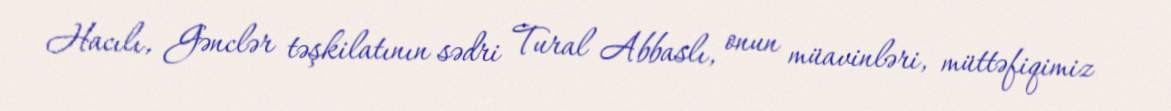
Hacılı, Gənclər təşkilatının sədri Tural Abbaslı, onun müavinləri, müttəfiqimiz